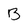
Character: B